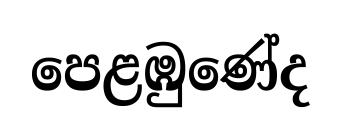
පෙළඹුණේද